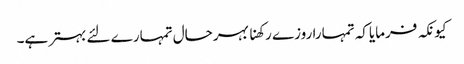
کیونکہ فرمایاکہ تمہارا روزے رکھنا بہرحال تمہارے لئے بہترہے۔